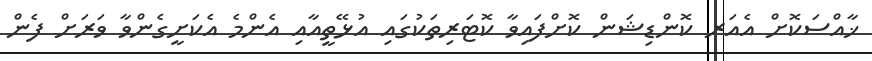
ޚާއްސަކޮށް އެއަރ ކޮންޑިޝަން ކޮށްފައިވާ ކޮޓަރިތަކުގައި އުޅޭތީއާއި އެންމެ އެކަށީގެންވާ ވަރަށް ފެން